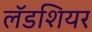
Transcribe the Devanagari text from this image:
लॅडशियर